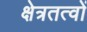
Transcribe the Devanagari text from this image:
क्षेत्रतत्वों